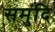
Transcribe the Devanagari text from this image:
समुंदि